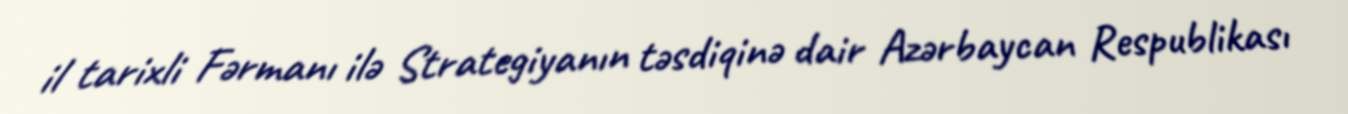
il tarixli Fərmanı ilə Strategiyanın təsdiqinə dair Azərbaycan Respublikası